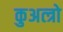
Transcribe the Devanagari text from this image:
कुअत्त्रो